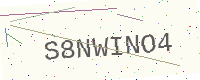
Text: S8NWINO4